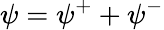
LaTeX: {\psi}=\psi^{+}+\psi^{-}